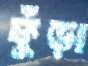
ফুঁড়া